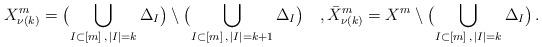
LaTeX: \begin{align*}X^m_{\nu(k)}=\bigl(\bigcup_{I\subset [m]\,,\, |I|=k}\Delta_I\bigr)\setminus \bigl(\bigcup_{I\subset [m]\,,\, |I|=k+1}\Delta_I\bigr)\quad,\bar X^m_{\nu(k)}=X^m\setminus \bigl(\bigcup_{I\subset [m]\,,\, |I|=k}\Delta_I\bigr)\,.\end{align*}